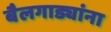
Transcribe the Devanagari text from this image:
बैलगाड्यांना